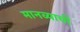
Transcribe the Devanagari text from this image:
मानव्याची